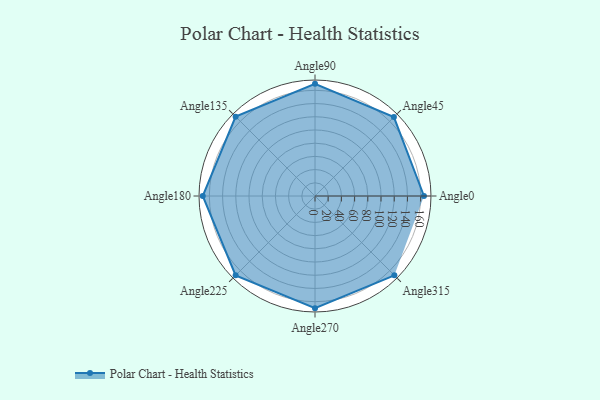
{"axis": {"x": "Angle", "y": "Radius"}, "legend": [""], "data": [{"x": "Angle0", "y": 165.0, "type": ""}, {"x": "Angle45", "y": 169.0, "type": ""}, {"x": "Angle90", "y": 170, "type": ""}, {"x": "Angle135", "y": 170, "type": ""}, {"x": "Angle180", "y": 170, "type": ""}, {"x": "Angle225", "y": 170, "type": ""}, {"x": "Angle270", "y": 170, "type": ""}, {"x": "Angle315", "y": 170, "type": ""}]}